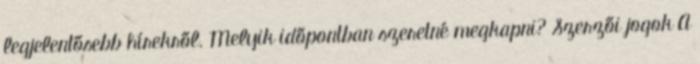
legjelentősebb hírekről. Melyik időpontban szeretné megkapni? Szerzői jogok A